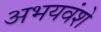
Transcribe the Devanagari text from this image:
अभयवंशे